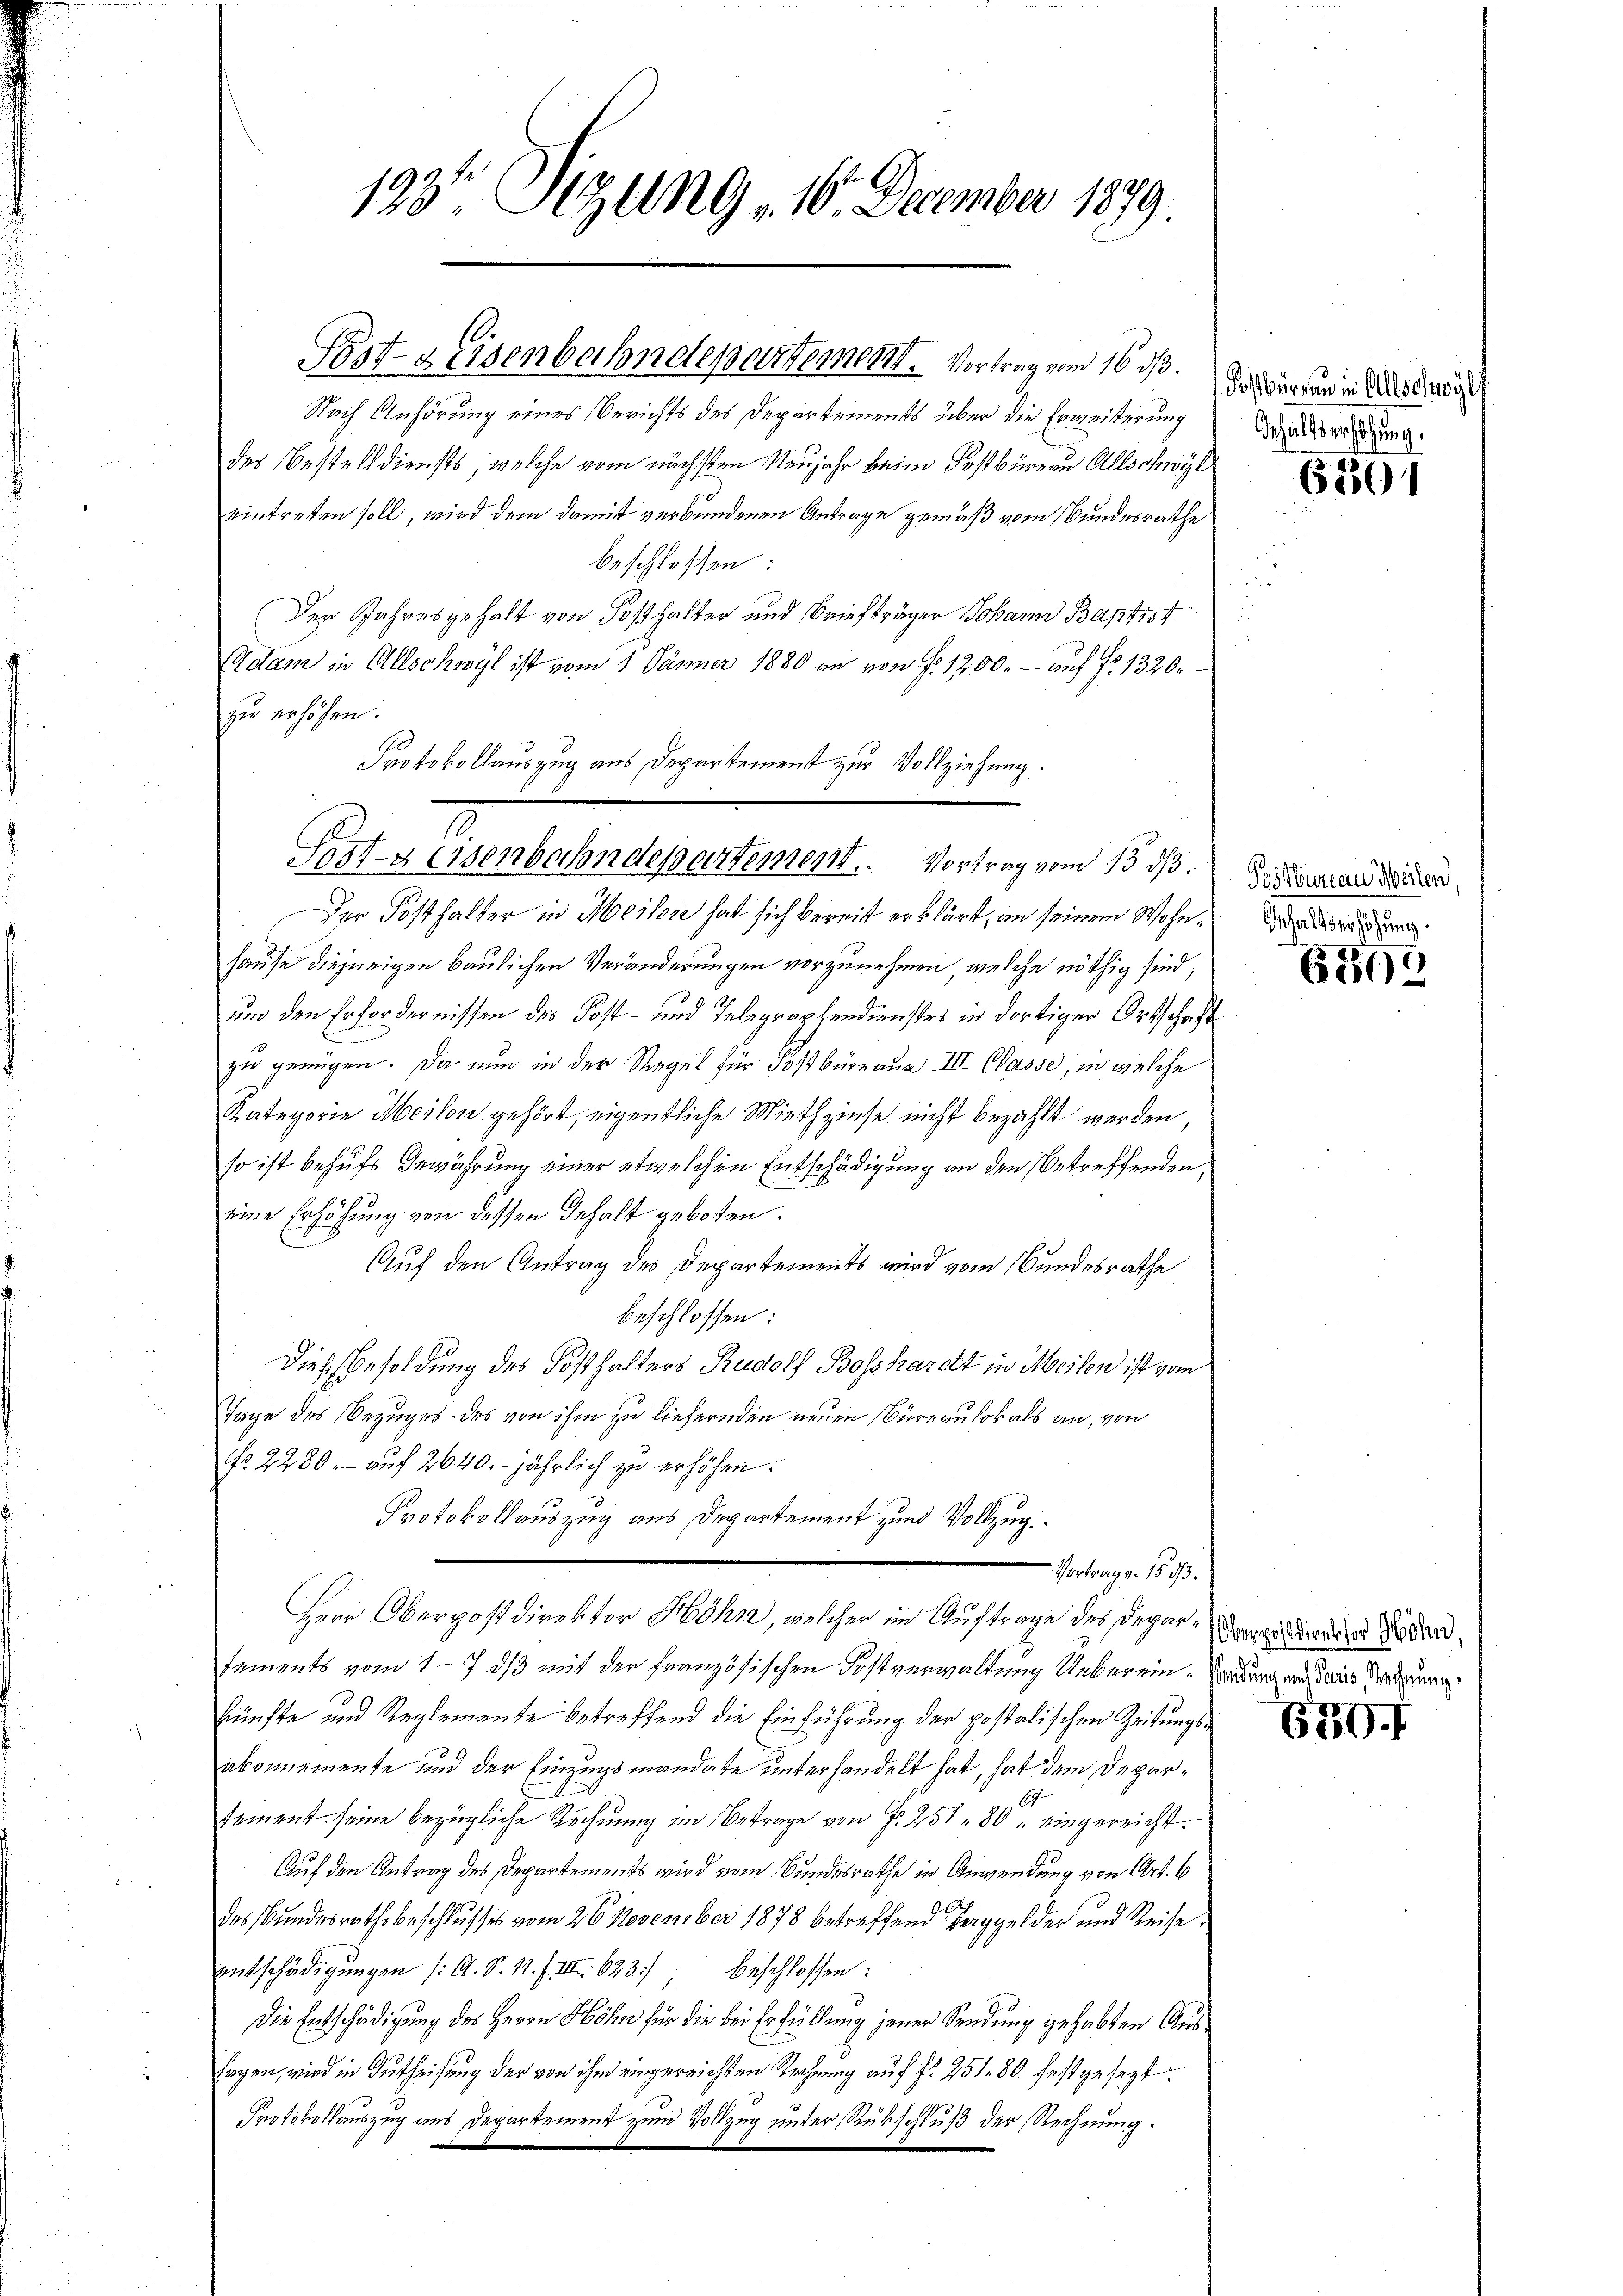
Post- & Eisenbahndepartement. Vortrag vom 16. ds. Das diesen in alsdann

193 Sizung 10. December 1879

Nach Anhörung eines Berichts des Departements über die Erweisterung
des Bestelldiensts, welche vom nächsten Neujahr beim Postbüreau Allschwyl
eintreten soll, wird dem damit verbundenen Antrage gemäß vom Bundesrathe
beschlossen:
Der Jahresgehalt von Posthalter und Briefträger Johann Baptist
Adam in Allschwyl ist vom 1. Jänner 1880 an von f. 1200.- auf fr. 1320.
zu erhöhen.
Protokollauszug aus Departement zur Vollziehung.
7
Post- & Eisenbahndepartement. Vortrag vom 13. ds.
Der Posthalter in Meilie hat sich bereit erklärt, in seinem Wohnhause diejenigen baulichen Veränderungen vorzunehmen, welche nöthig sind,
und den Erfordernissen des Post- und Telegraphendienstes in dortiger Ortschaft
zu genügen. Da nun in der Regel für Postbüreau III Classe, in welche
Kategorie Meilen gehört, eigentliche Miethzinse nicht bezahlt werden,
so ist behufs Gewährung einer etwelchen Entschädigung an den Betreffenden,
eine Erhöhung von dessen Gehalt geboten.
Auf den Antrag des Departements wird vom Bundesrathe
beschlossen:
Dies Besoldung des Posthalters Rudolf Bosshardt in Meilen ist vom
Tage des Bezuges des von ihm zu liefernden neuen Büreaulokals an, von
No. 2280.- aŭf 2640. jährlich zu erhöhen.
Protokollauszug aus Departement zum Vollzug.
-Vortrags. 15. d.
Herr Oberpostdirektor Höhn, welcher im Auftrage des Degen das Kinder Tode
tements vom 17. ds mit der Französischen Postverwaltung Ueberein Weidung und dans redung
künfte und Reglemente betreffend die Einführung der postolischen Zeitungsabonnemente und der Einzugsmandate unterhandelt hat, hat dem Departeinent seine bezügliche Rechnung im Betrage von Fr. 251 80 eingereicht.
Auf den Antrag des Departements wird vom Bundesrathe in Anwendung von Art. 6
des Bundesrathsbeschlusses vom 26. November 1878 betreffend Berggelder und Reise,
entschädigungen (: A. S. 1. f. III 623), beschlossen:
Die Entschädigung des Herrn Höhe für die bei Erfüllung jener Sendung gehabten Aussagen, wird in Gutheilung der von ihm eingereichten Rechnung auf P. 251. 80 festgesezt
Protokollauszug aus Departement zum Vollzug unter Rückschluß der Rechnung.

Gehaltserhöhung.

6301

Postbureau Meilen,
nhaltverhöhung.

6399

639 f